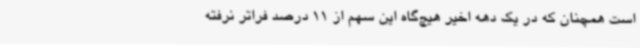
است همچنان که در یک دهه اخیر هیچ‌گاه این سهم از 11 درصد فراتر نرفته